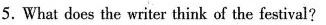
5.What does the writer think of the festival?